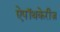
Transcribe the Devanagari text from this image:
ऐपॉथकेरीज़